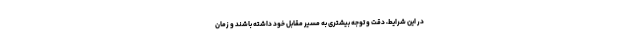
در این شرایط، دقت و توجه بیشتری به مسیر مقابل خود داشته باشند و زمان